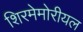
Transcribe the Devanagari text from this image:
शिरमेमोरीयल